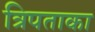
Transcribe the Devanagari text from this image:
त्रिपताका